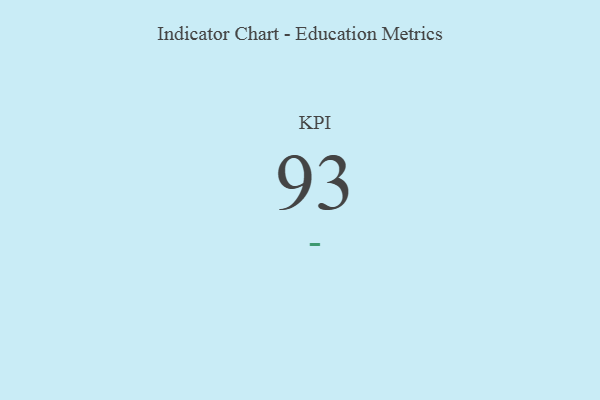
{"axis": {"x": "KPI", "y": "Value"}, "legend": [""], "data": [{"x": "KPI", "y": 93, "type": ""}]}